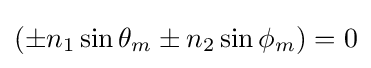
\left(\pm n_{1}\sin {\theta _{m}}\pm n_{2}\sin {\phi _{m}}\right)=0